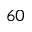
^ { 6 0 }